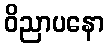
ဝိညာပနော